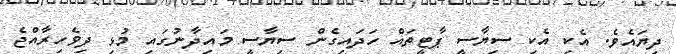
ދިޔައެވެ. އެކި އެކި ސިޔާސީ ޕާޓީތައް ހަދައިގެން ސިޔާސީ މައިދާނުގައި މުޅި ދިވެހިރާއްޖެ